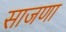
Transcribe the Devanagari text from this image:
साजणा